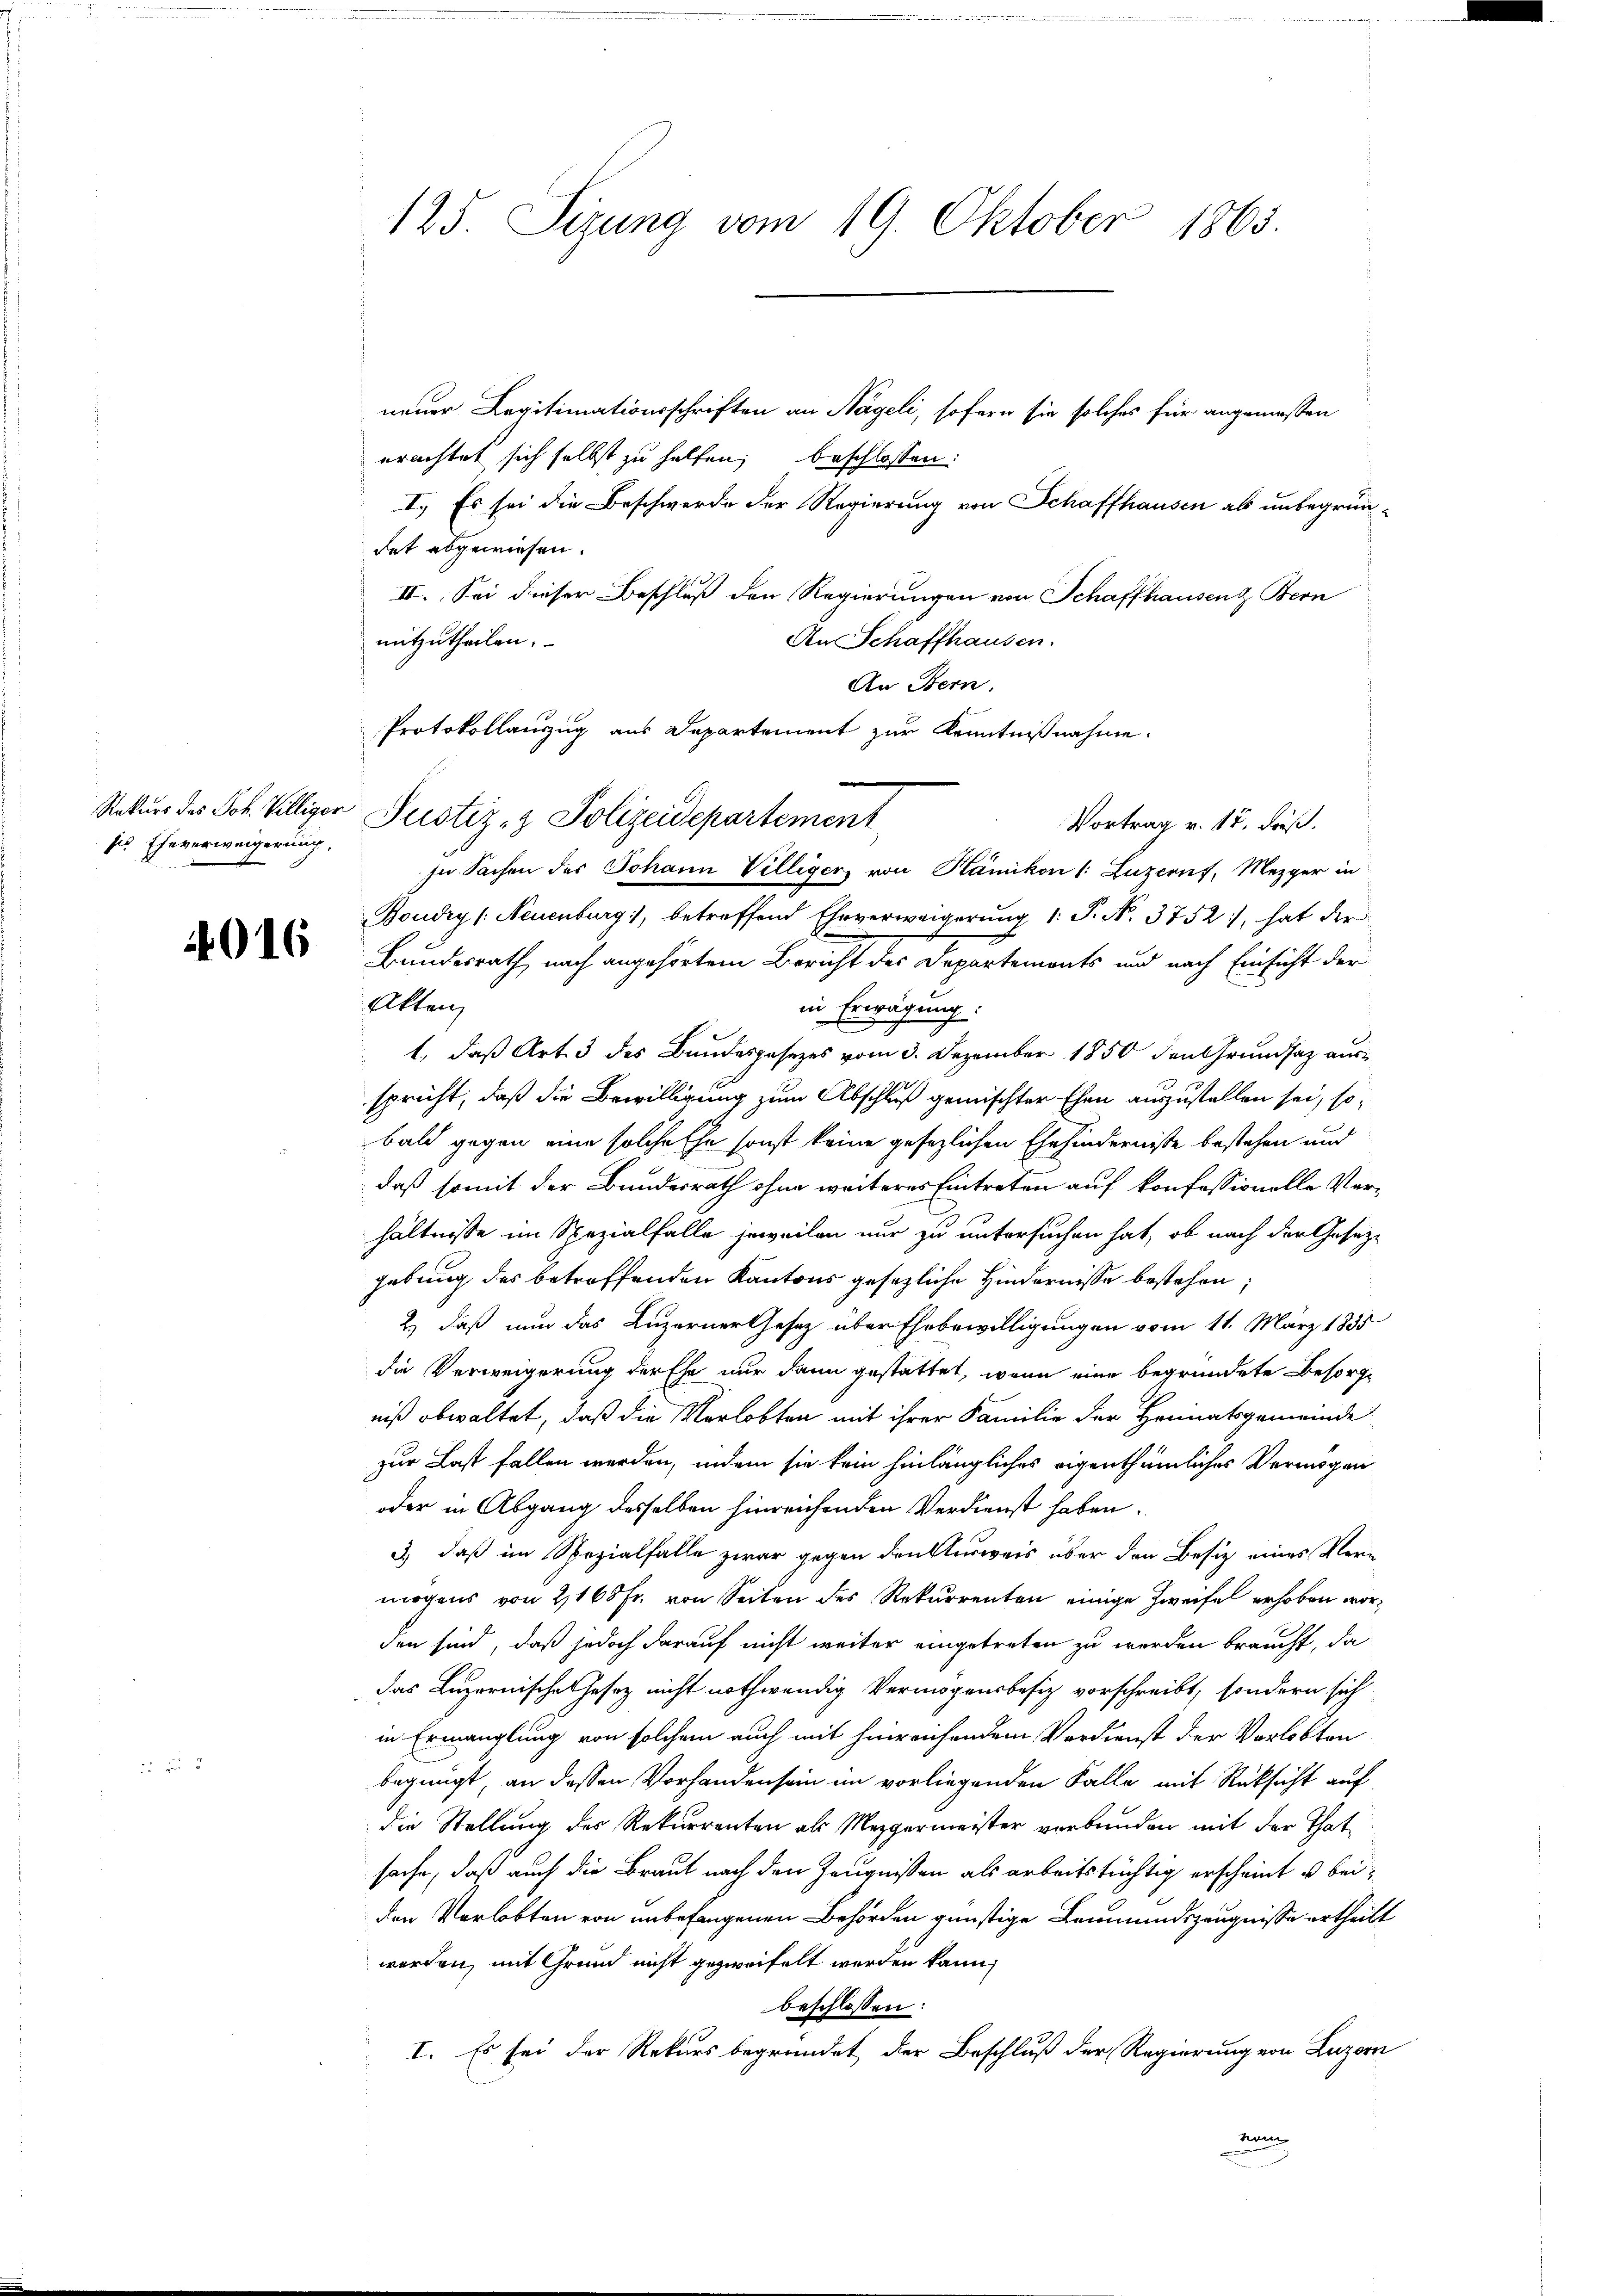
Rekurs des Joh. Villiger
ses Eheverweigerung,

4016

125. Sizung vom 19. Oktober 1865.

neuer Legitimationsschriften an Nägeli, sofern sie solches für angemessen
erachtet sich selbst zu helfen; beschlossen:
I. Es sei die Beschwerde der Regierung von Schaffhausen als unbegründet abgewiesen.
II. Sei dieser Beschluß den Regierungen von Schaffhausenz Bern
An Schaffhausen.
mitzutheilen.
An Bern.
Protokollanzug aus Departement zur Kenntnißnahme.
Justiz- & Polizeidepartement
Vortrag v. 17. dieß.
In Sachen des Johann Villiger von Hämikon (: Luzernf, Mezger in
Boudry /: Neuenburg, betreffend Ehrverweigerŭng 1. P. N. 3752, hat der
Bundesrath, nach angehörtem Bericht des Departements und nach Einsicht der
Akten
in Erwägung:
1., daß Art. 3 des Bundesgesezes vom 3. Dezember 1850 den Grundsaz ausspricht, daß die Bewilligung zum Abschluß gemischter Ehen auszustellen sei, so
bald gegen eine solche Ehe sonst keine gesezlichen Ehehindernisse bestehen und
daß somit der Bundesrath ohne weiteres Eintreten auf konfessionelle Verhältnisse im Spezialfalle jeweilen nur zu untersuchen hat, ob nach der Gesezgebung des betroffenden Kantons gesezliche Hindernisse bestehen;
2.) daß nun das Luzerner Gesetz über Ehebewilligungen vom 11. März 1835
die Verweigerung der Ehe nur dann gestattet, wenn eine begründete Besorgniß obwaltet, daß die Verlobten mit ihrer Familie der Heimatsgemeinde
zur Last fallen werden, indem sie kein hinlängliches eigenthümliches Vermögen
oder in Abgang desselben hinreichenden Verdienst haben.
3.) daß im Spezialfalle zwar gegen den Ausweis über den Besiz eines Vermögens von 2160 Fr. von Seiten des Rekurrenten einige Zweifel erhoben worden sind, daß jedoch darauf nicht weiter eingetreten zu werden braucht, da
das Luzernische Gesetz nicht nothwendig Vermögensbesitz vorschreibt, sondern sich
in Ermanglung von solchem auch mit hinreichendem Verdienst der Verlobten
begnügt, an dessen Vorhanden sein im vorliegenden Falle mit Rücksicht auf
die Stellung des Rekurrenten als Mezgermeister verbunden mit der That
sache, daß auch die Braut nach den Zeugnissen als arbeitstüchtig erscheint u beiden Verlobten von unbefangenen Behörden günstige Leumundszeugnisse ertheilt
worden, mit Grund nicht gezweifelt werden kann,
beschlossen:
I. Es sei der Rekurs begründet der Beschluß der Regierung von Luzern
deinen